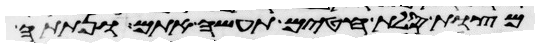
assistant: מצות סלת חטים תעשה אתם ונתתה